Document type: Oath
Year: 1447
Scribe: Pere Figuerola
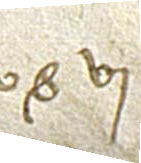
V solidos, VI.